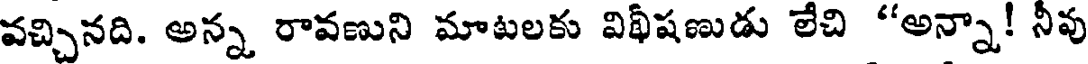
వచ్చినది. అన్న రావణుని మాటలకు విథీషణుడు లేచి "అన్నా! నీవ